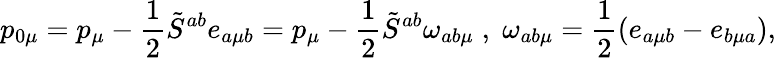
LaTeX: p_{0\mu}=p_{\mu}-\frac{1}{2}\tilde{S}^{ab}e_{a\mu b}=p_{\mu}-\frac{1}{2}\tilde{S}^{ab}\omega_{ab\mu}\; ,\; \omega_{ab\mu}=\frac{1}{2}(e_{a\mu b}-e_{b\mu a}),